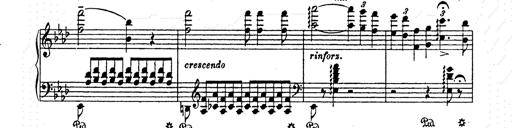
Title: AnnÃ©es de pÃ¨lerinage II
Composer: Franz Liszt